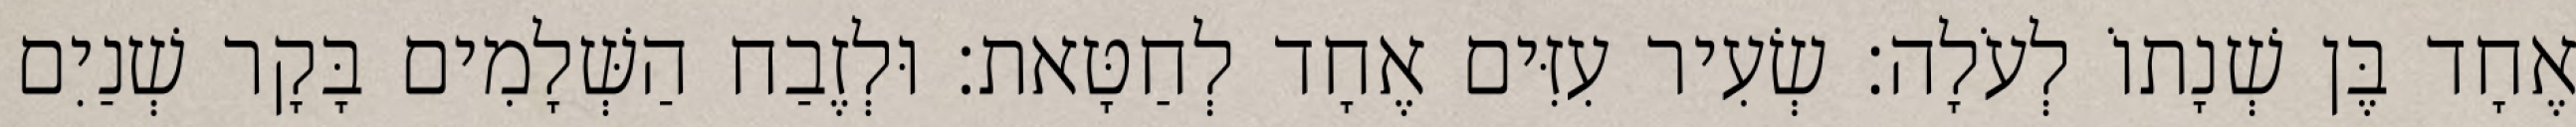
אֶחָד בֶּן שְׁנָתוֹ לְעֹלָה׃ שְׂעִיר עִזִּים אֶחָד לְחַטָּאת׃ וּלְזֶבַח הַשְּׁלָמִים בָּקָר שְׁנַיִם